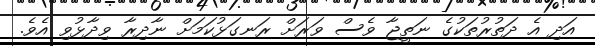
އަދި އެ ދަތުރުތަކުގެ ނަތީޖާ ވެސް ވަރަށް ރަނގަޅުކަމަށް ނާދިރާ ވިދާޅުވި އެވެ.